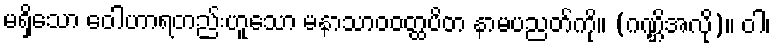
မရှိသော ဝေါဟာရတည်းဟူသော မနာသာဝဝတ္ထပိတ နာမပညတ်ကို။ (ဂဏ္ဌိအလို)။ ဝါ၊